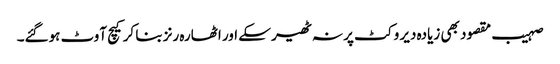
صہیب مقصود بھی زیادہ دیر وکٹ پر نہ ٹھیر سکے اور اٹھارہ رنز بنا کر کیچ آوٹ ہوگئے۔